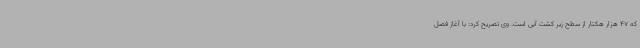
که 47 هزار هکتار از سطح زیر کشت آبی است. وی تصریح کرد: با آغاز فصل